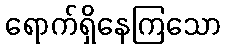
ရောက်ရှိနေကြသော